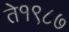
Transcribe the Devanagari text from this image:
ते१९८७